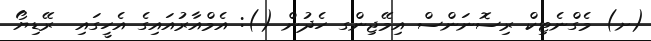
(ށ) މެގްނެޓިކް ރިސޮނަންސް އިމޭޖިންގ ހެދުން (): އެމްއާރުއައިގެ އެހީގައި  ރޭޑިޔޯ